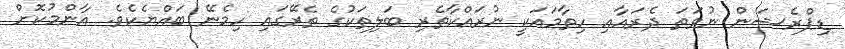
ޑިޕްރެޝަން ނުވަތަ ދެރައާއި ހިތާމައަކީ ނުރައްކާތެރި ބަލިތަކުގެ ތެރޭގައި ހިމެނޭ ބައްޔެކެވެ. އާންމުކޮށް